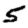
Digit: 5